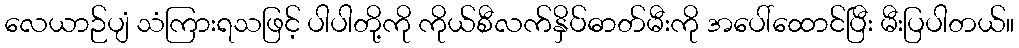
လေယာဉ်ပျံ သံကြားရသဖြင့် ပါပါတို့ကို ကိုယ်စီလက်နှိပ်ဓာတ်မီးကို အပေါ်ထောင်ပြီး မီးပြပါတယ်။